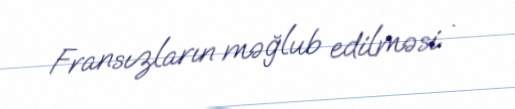
Fransızların məğlub edilməsi .